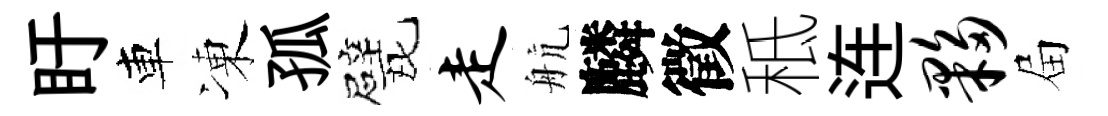
盱車凍孤戏走航麟徵秪连夥屇